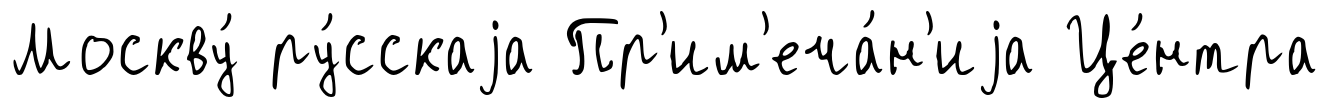
Москву́ ру́сскаjа Пр'им'еча́н'иjа Це́нтра